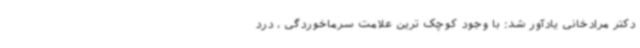
دکتر مرادخانی یادآور شد: با وجود کوچک ترین علامت سرماخوردگی ، درد